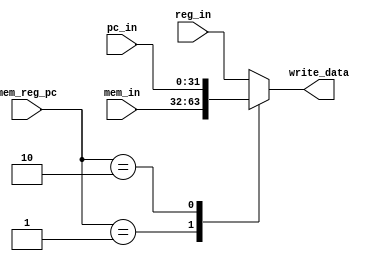
`timescale 1ns / 1ps

//////////////////////////////////////////////////////////////////////////////////
// Assignment Number: 7 [KGP-RISC]
// Module: Write Data Selctor
// Semester Number: 5
// Group Number: G1
// Group Members: Animesh Jha (19CS10070) and Nisarg Upadhyaya (19CS30031)
//////////////////////////////////////////////////////////////////////////////////

module mem_reg_pc_selector(
    input [1:0] mem_reg_pc,
    input [31:0] mem_in,
    input [31:0] reg_in,
    input [31:0] pc_in,
    output reg [31:0] write_data
    );
	
	always @(*) begin
		case(mem_reg_pc)
			2'b01:
				begin
					write_data <= mem_in;
				end
			2'b10:
				begin
					write_data <= pc_in;
				end
			default:
				begin
					write_data <= reg_in;
				end
		endcase
	end

endmodule